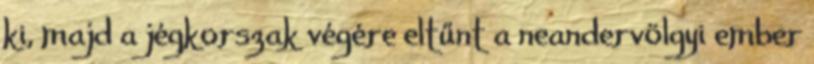
ki, majd a jégkorszak végére eltűnt a neandervölgyi ember